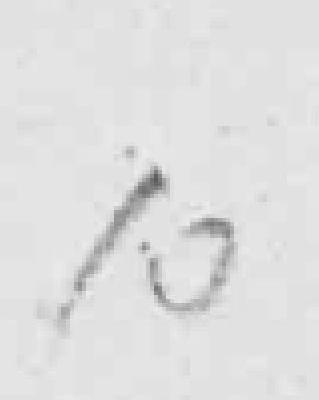
10